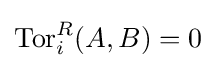
\operatorname {Tor} _{i}^{R}(A,B)=0